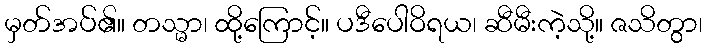
မှတ်အပ်၏။ တသ္မာ၊ ထို့ကြောင့်။ ပဒီပေါဝိရယ၊ ဆီမီးကဲ့သို့။ ဇသိတွာ၊